Scientific memoirs by medical officers of the Army of India - Part XII,
Year: 1901
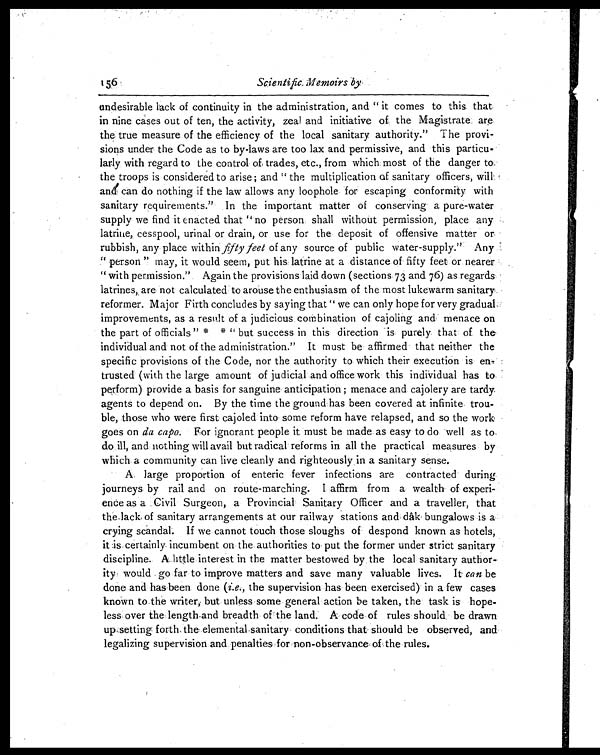
156 Scientific Memoirs by
undesirable lack of continuity in the administration, and "it comes to this that
in nine cases out of ten, the activity, zeal and initiative of the Magistrate are
the true measure of the efficiency of the local sanitary authority." The provi
-sions under the Code as to by-laws are too lax and permissive, and this particu
-larly with regard to the control of trades, etc., from which most of the danger to
the troops is considered to arise ; and "the multiplication of sanitary officers, will
and can do nothing if the law allows any loophole for escaping conformity with
sanitary requirements." In the important matter of conserving a pure-water
supply we find it enacted that "no person shall without permission place any
latrine, cesspool, urinal or drain, or use for the deposit of offensive matter or
rubbish, any place within fifty feet of any source of public water-supply." Any
"person" may, it would seem, put his latrine at a distance of fifty feet or nearer
"with permission." Again the provisions laid down (sections 73 and 76) as regards
latrines, are not calculated to arouse the enthusiasm of the most lukewarm sanitary
reformer. Major Firth concludes by saying that " we can only hope for very gradual,
improvements, as a result of a judicious combination of cajoling and menace on
the part of officials" * "but success in this direction is purely that of the
individual and not of the administration." It must be affirmed that neither the
specific provisions of the Code, nor the authority to which their execution is en
-trusted (with the large amount of judicial and office work this individual has to
perform) provide a basis for sanguine anticipation ; menace and cajolery are tardy
agents to depend on. By the time the ground has been covered at infinite, trou
-ble, those who were first cajoled into some reform have relapsed, and so the work
goes on da capo. For ignorant people it must be made as easy to do well as to,
do ill, and nothing will avail but radical reforms in all the practical measures by
which a community can live cleanly and righteously in a sanitary sense.
A large proportion of enteric fever infections are contracted during
journeys by rail and on route-marching. I affirm from a wealth of experi
-ence as a Civil Surgeon, a Provincial Sanitary Officer and a traveller, that
the lack of sanitary arrangements at our railway stations and dâk bungalows is a
crying scandal. If we cannot touch those sloughs of despond known as hotels,
it is certainly, incumbent on the authorities to put the former under strict sanitary
discipline. A little interest in the matter bestowed by the local sanitary author
-ity would go far to improve matters and save many valuable lives. It can be
done and has been done ( i.e. , the supervision has been exercised) in a few cases
known to the writer, but unless some general action be taken, the task is hope
-less over the length and breadth of the land. A code of rules should be drawn
up setting forth the elemental sanitary conditions that should be observed, and
legalizing supervision and penalties for non-observance of the rules.